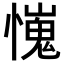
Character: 𢢯